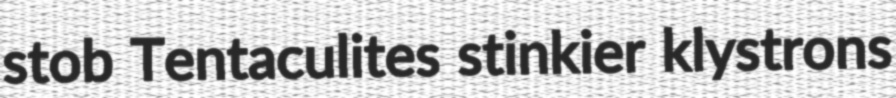
stob Tentaculites stinkier klystrons